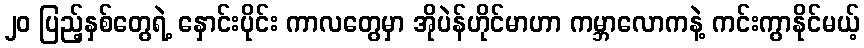
၂၀ ပြည့်နှစ်တွေရဲ့ နှောင်းပိုင်း ကာလတွေမှာ အိုပဲန်ဟိုင်မာဟာ ကမ္ဘာလောကနဲ့ ကင်းကွာနိုင်မယ့်